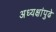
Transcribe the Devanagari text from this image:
अध्यक्षांपुढे